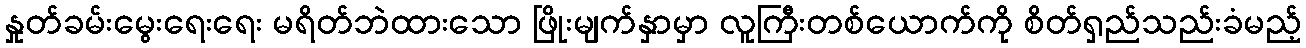
နှုတ်ခမ်းမွေးရေးရေး မရိတ်ဘဲထားသော ဖြိုးမျက်နှာမှာ လူကြီးတစ်ယောက်ကို စိတ်ရှည်သည်းခံမည့်